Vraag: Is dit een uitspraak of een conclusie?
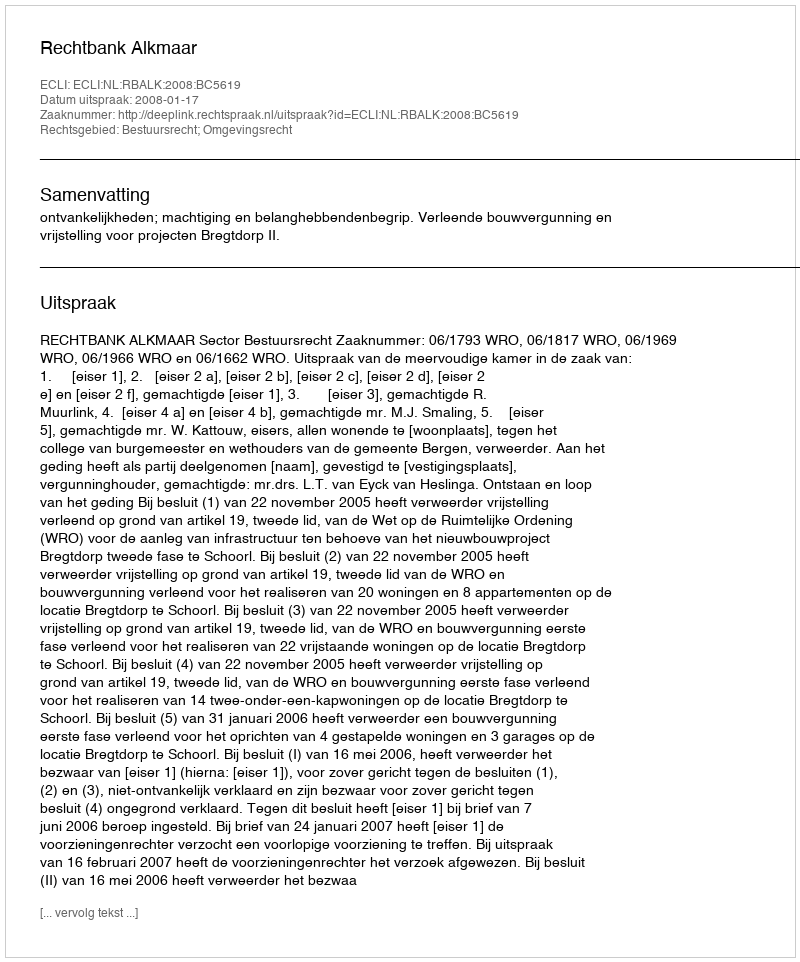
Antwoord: Uitspraak